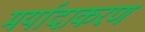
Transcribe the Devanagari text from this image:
मर्यादाकरण